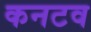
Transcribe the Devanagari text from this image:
कनटव